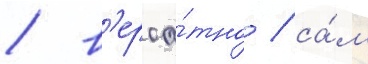
/ в'ероа́тно / са́м